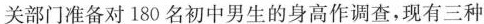
关部门准备对180名初中男生的身高作调查，现有三种